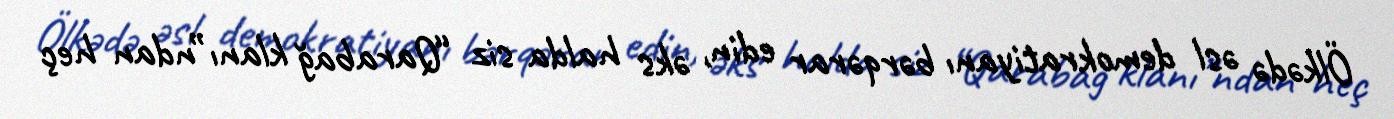
Ölkədə əsl demokratiyanı bərqərar edin, əks halda siz “Qarabağ klanı”ndan heç